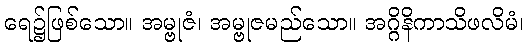
ရေ၌ဖြစ်သော။ အမ္ဗုဇံ၊ အမ္ဗုဇမည်သော။ အဂ္ဂိနိကာသိဖလိမံ၊